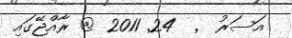
އަސަރު